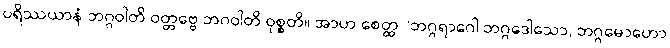
ပရိဿယာနံ ဘဂ္ဂဝါတိ ဝတ္တဗ္ဗေ ဘဂဝါတိ ဝုစ္စတိ။ အာဟ စေတ္ထ “ဘဂ္ဂရာဂေါ ဘဂ္ဂဒေါသော, ဘဂ္ဂမောဟော